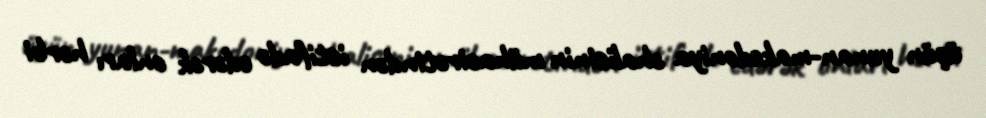
üçün yunan-makedoniya əhalisinin mühacirətindən istifadə edərək onları hərbi